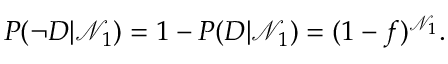
\begin{array} { r } { P ( \neg D | \mathcal { N } _ { 1 } ) = 1 - P ( D | \mathcal { N } _ { 1 } ) = ( 1 - f ) ^ { \mathcal { N } _ { 1 } } . } \end{array}